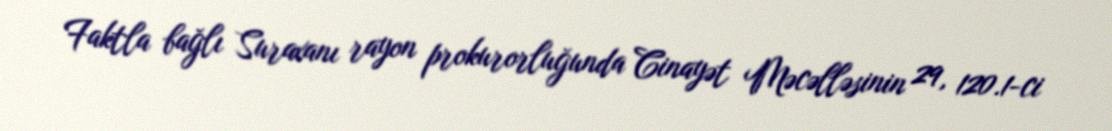
Faktla bağlı Suraxanı rayon prokurorluğunda Cinayət Məcəlləsinin 29, 120.1-ci